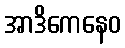
အာဒိကေနေဝ